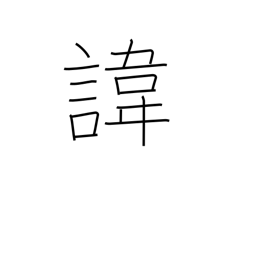
Meaning: posthumous (real) name